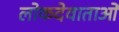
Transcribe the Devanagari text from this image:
लोकदेवाताओं